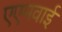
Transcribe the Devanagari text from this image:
एएमवाई